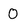
Character: 0